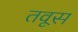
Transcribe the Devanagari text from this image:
तवूस